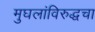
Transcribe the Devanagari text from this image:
मुघलांविरुद्धचा